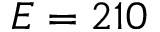
E = 2 1 0